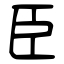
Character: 臣